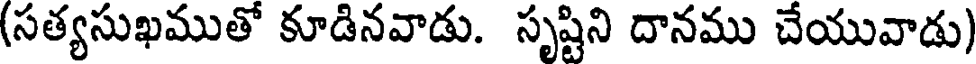
(సత్యసుఖముతో కూడినవాడు. సృష్టిని దానము చేయువాడు)